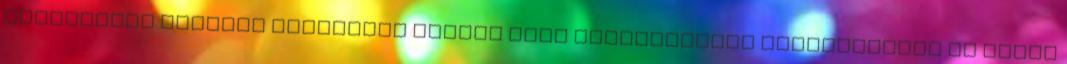
bocsánatot Székely Lászlótól Kocsis Máté józsefvárosi polgármester és Lázár